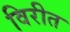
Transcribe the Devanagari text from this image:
विरीत